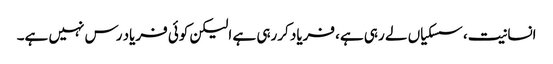
انسانیت، سسکیاں لے رہی ہے، فریاد کررہی ہے الیکن کوئی فریاد رس نہیں ہے۔